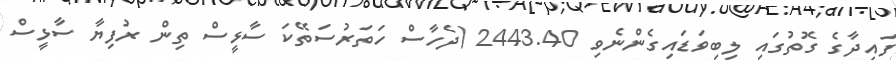
ފައިދާގެ ގޮތުގައި ލިބިވަޑައިގެންނެވި 2443.40 (ދެހާސް ހަތަރުސަތޭކަ ސާޅީސް ތިން ރުފިޔާ ސާޅީސް